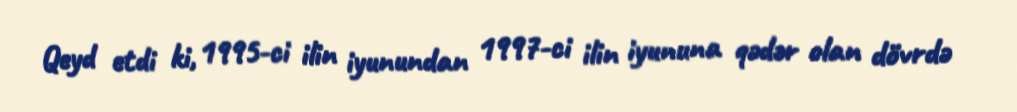
Qeyd etdi ki, 1995-ci ilin iyunundan 1997-ci ilin iyununa qədər olan dövrdə